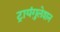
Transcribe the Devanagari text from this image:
ट्रायंगुलेशन